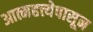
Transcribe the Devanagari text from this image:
आत्महत्त्येपासून